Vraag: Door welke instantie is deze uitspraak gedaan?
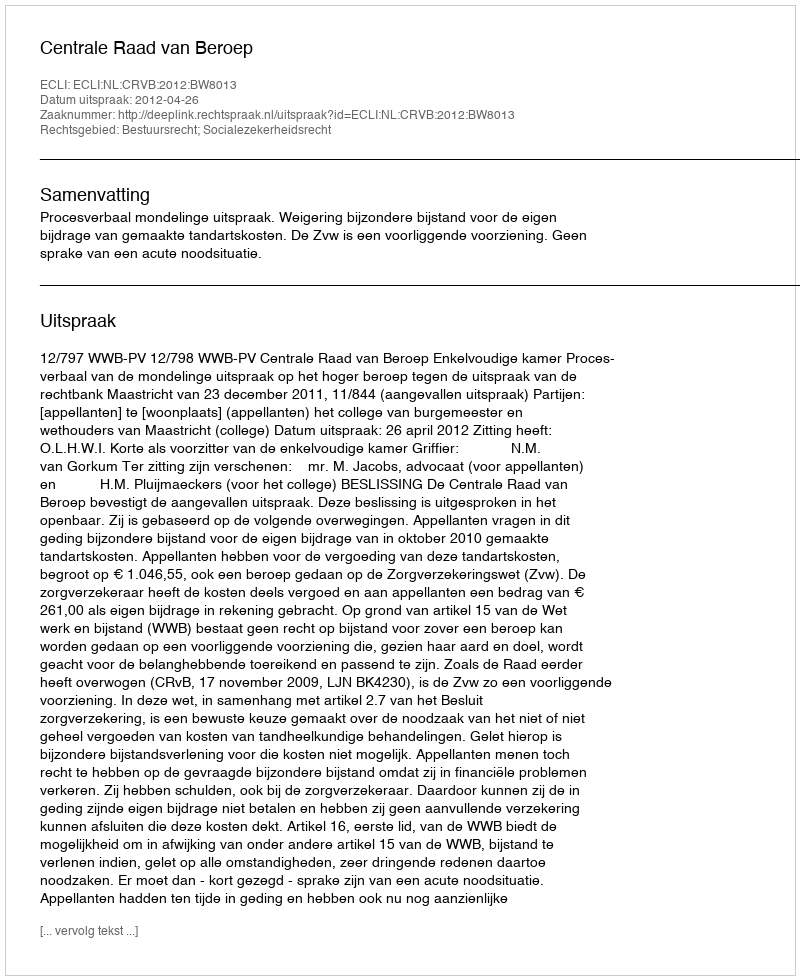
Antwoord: Centrale Raad van Beroep